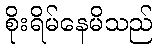
စိုးရိမ်နေမိသည်